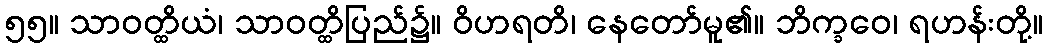
၅၅။ သာဝတ္ထိယံ၊ သာဝတ္ထိပြည်၌။ ဝိဟရတိ၊ နေတော်မူ၏။ ဘိက္ခဝေ၊ ရဟန်းတို့။